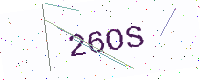
Text: 26OS